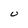
Character: U